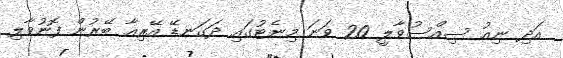
އަދި ނިއު ސިއްސުވާލީ 20 ވަނަ މިނެޓުގައި ދަގަނޑޭ އޭރިއާ ބޭރުން ފޮނުވާލި